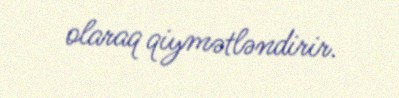
olaraq qiymətləndirir.